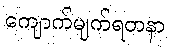
ကျောက်မျက်ရတနာ